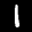
Label: 1